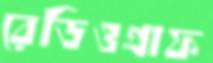
রেডিওগ্রাফ